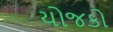
યોજકો